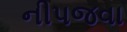
નીપજવા